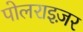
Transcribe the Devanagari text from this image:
पोलराइज़र